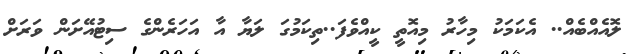
ލޮއެއްބެއް.. އެކަމަކު މިހާރު މިއޮތީ ކީއްވެފަ..ތިކަމުގަ ލަޔާ އާ އަހަރެންގެ ސިޓުއޭށަން ވަރަށް